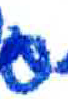
אות: ם